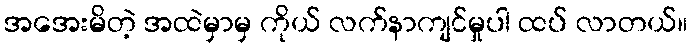
အအေးမိတဲ့ အထဲမှာမှ ကိုယ် လက်နာကျင်မှုပါ ထပ် လာတယ်။